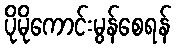
ပိုမိုကောင်းမွန်စေရန်